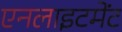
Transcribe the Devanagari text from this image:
एनलाइटमेंट